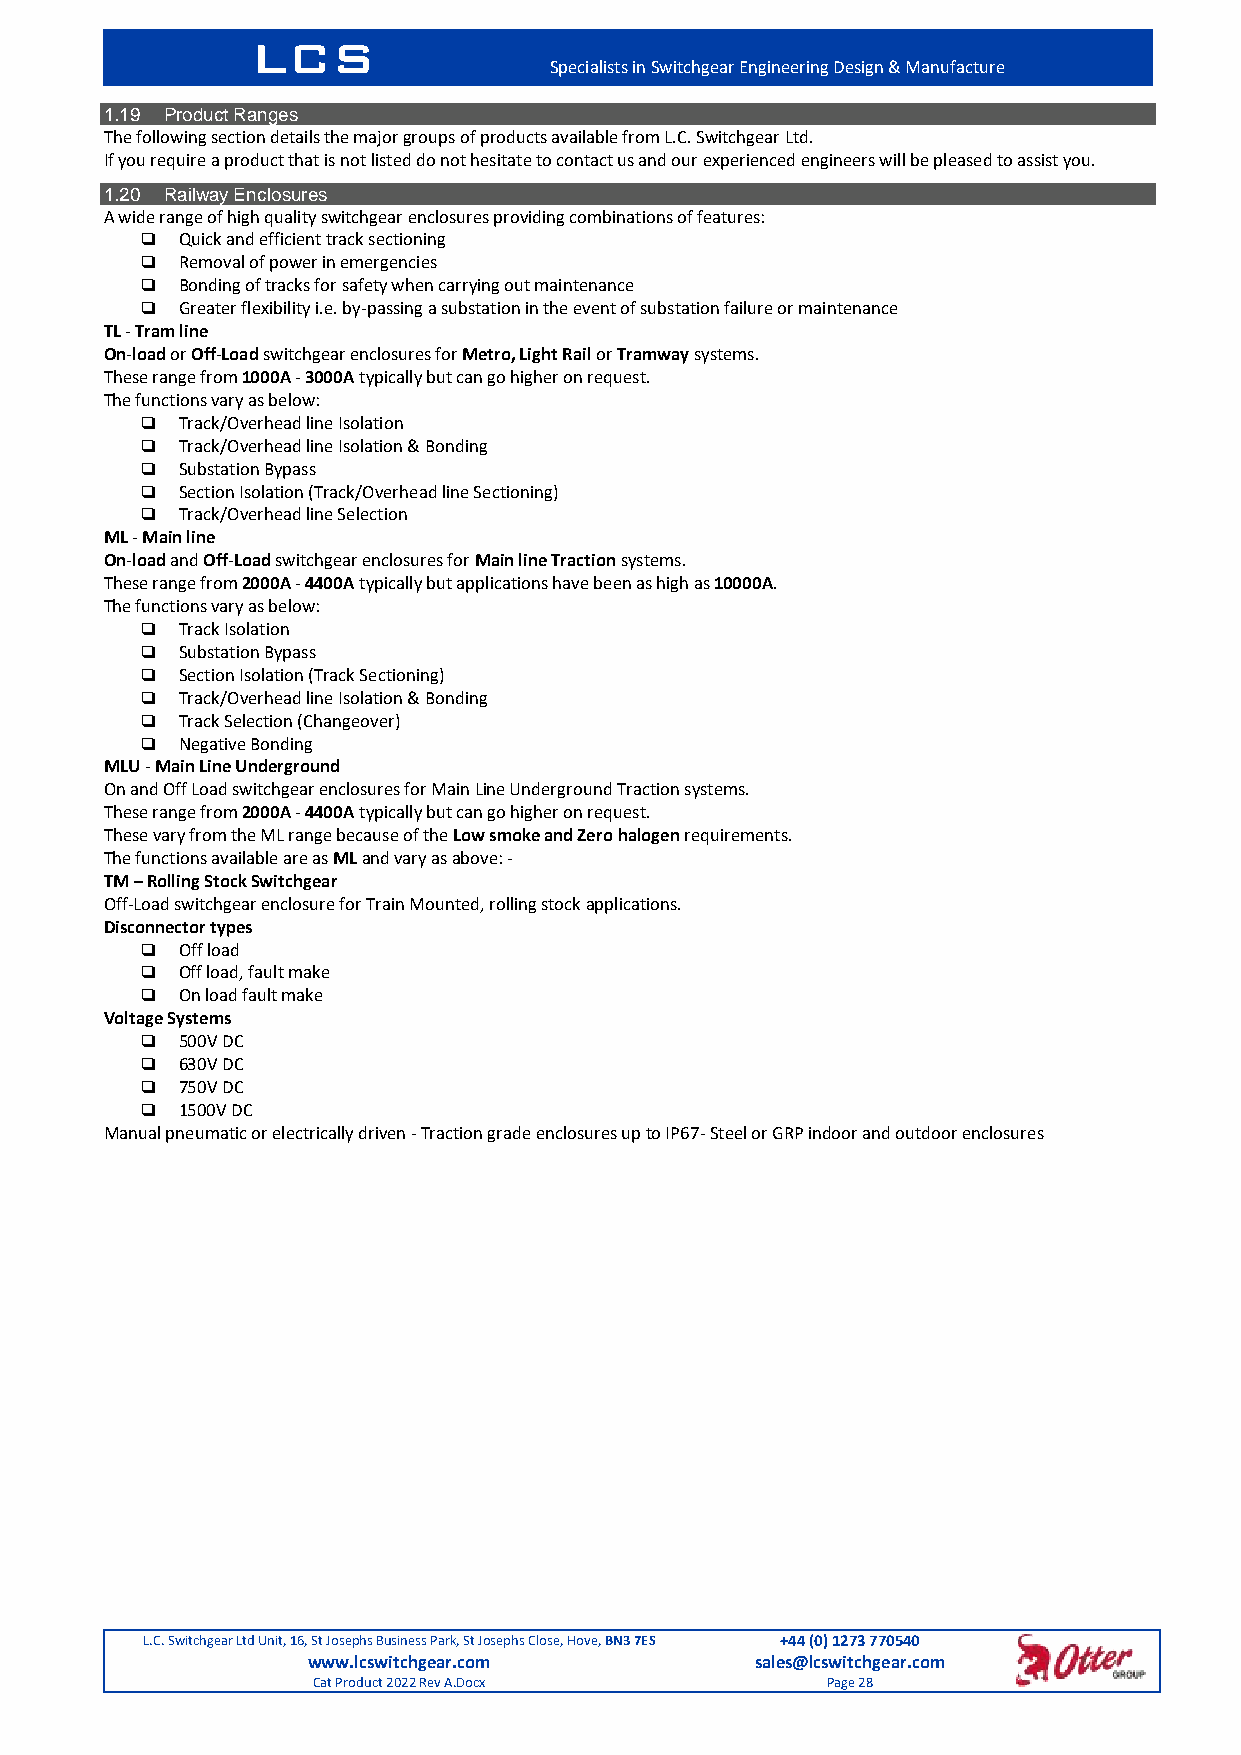
LCS
 Specialists in Switchgear Engineering Design & Manufacture
 1.19 Product Ranges
 The following section details the major groups of products available from L.C. Switchgear Ltd.
 If you require a product that is not listed do not hesitate to contact us and our experienced engineers will be pleased to assist you.
 1.20 Railway Enclosures
 A wide range of high quality switchgear enclosures providing combinations of features:
   Quick and efficient track sectioning
   Removal of power in emergencies
   Bonding of tracks for safety when carrying out maintenance
   Greater flexibility i.e. by-passing a substation in the event of substation failure or maintenance
 TL - Tram line
 On-load or Off-Load switchgear enclosures for Metro, Light Rail or Tramway systems.
 These range from 1000A - 3000A typically but can go higher on request.
 The functions vary as below:
   Track/Overhead line Isolation
   Track/Overhead line Isolation & Bonding
   Substation Bypass
   Section Isolation (Track/Overhead line Sectioning)
   Track/Overhead line Selection
 ML - Main line
 On-load and Off-Load switchgear enclosures for Main line Traction systems.
 These range from 2000A - 4400A typically but applications have been as high as 10000A.
 The functions vary as below:
   Track Isolation
   Substation Bypass
   Section Isolation (Track Sectioning)
   Track/Overhead line Isolation & Bonding
   Track Selection (Changeover)
   Negative Bonding
 MLU - Main Line Underground
 On and Off Load switchgear enclosures for Main Line Underground Traction systems.
 These range from 2000A - 4400A typically but can go higher on request.
 These vary from the ML range because of the Low smoke and Zero halogen requirements.
 The functions available are as ML and vary as above: -
 TM – Rolling Stock Switchgear
 Off-Load switchgear enclosure for Train Mounted, rolling stock applications.
 Disconnector types
   Off load
   Off load, fault make
   On load fault make
 Voltage Systems
   500V DC
   630V DC
   750V DC
   1500V DC
 Manual pneumatic or electrically driven - Traction grade enclosures up to IP67- Steel or GRP indoor and outdoor enclosures
 L.C. Switchgear Ltd Unit, 16, St Josephs Business Park, St Josephs Close, Hove, BN3 7ES +44 (0) 1273 770540
 www.lcswitchgear.com          sales@lcswitchgear.com
 Cat Product 2022 Rev A.Docx       Page 28